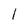
Character: l